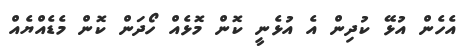
އެހެން އުޅޭ ކުދިން އެ އުޅެނީ ކޮން މޮޅެއް ހޯދަން ކޮން މެޑެއްޔެއް